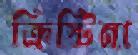
ক্রিস্টিনা